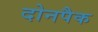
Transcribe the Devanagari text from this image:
दोनपैक